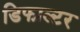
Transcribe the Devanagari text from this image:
डिफाल्टर